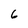
Character: 6